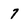
Character: 7